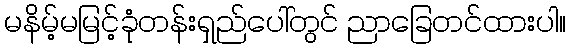
မနိမ့်မမြင့်ခုံတန်းရှည်ပေါ်တွင် ညာခြေတင်ထားပါ။